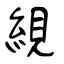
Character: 絸